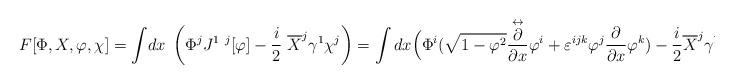
LaTeX: \begin{align*} F[\Phi,X ,\varphi,\chi] =\int \!dx\;\left(\Phi^j J^{1~j}[\varphi ]- \frac i2~\overline X^j \gamma^1 \chi^j \right)=\int dx\Bigl(\Phi ^i (\sqrt{1-{\varphi }^2}\frac {\stackrel{\leftrightarrow} {\partial}} {\partial x}\varphi ^i +\varepsilon^{ijk}\varphi ^j\frac \partial {\partial x}\varphi ^k) -\frac i2\overline X^j \gamma^1 \chi^j\Bigr)~.\end{align*}